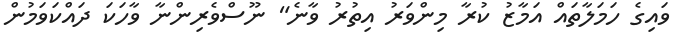
ވައިގެ ހަމަލާތައް އަމާޒު ކުރާ މިންވަރު އިތުރު ވާނެ" ނޫސްވެރިންނާ ވާހަކަ ދައްކަވަމުން